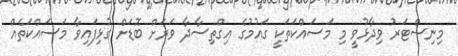
މިނިސްޓަރު ވިދާޅުވީ މި މަސައްކަތަކީ ގައުމުގެ އިގްތިސާދާ ވަރަށް ބޮޑަށް ގުޅިފައިވާ މަސައްކަތެއް